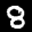
Label: 8